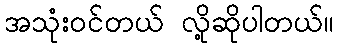
အသုံးဝင်တယ် လို့ဆိုပါတယ်။